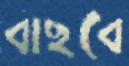
বাছবে